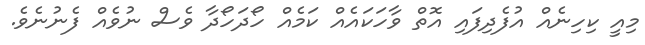
މިއީ ކިހިނެއް އުފެދިފައި އޮތް ވާހަކައެއް ކަމެއް ހޯދަހޯދާ ވެސް ނުވެއް ފެނުނެވެ.